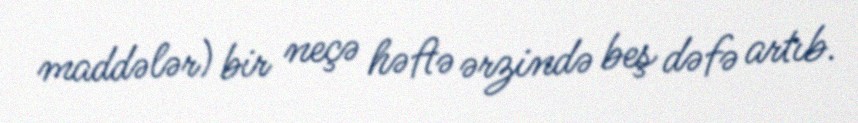
maddələr) bir neçə həftə ərzində beş dəfə artıb.